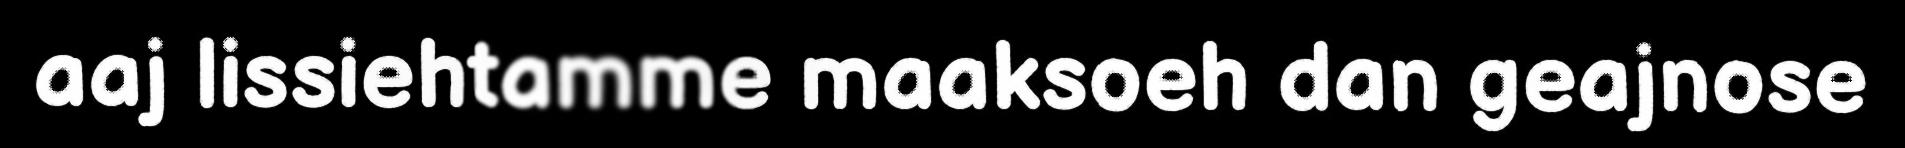
aaj lissiehtamme maaksoeh dan geajnose